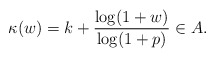
\begin{align*}\kappa (w)=k+\frac{\log(1+w)}{\log(1+p)} \in A.\end{align*}